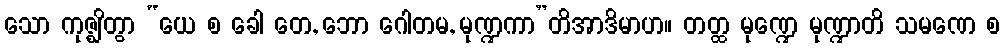
သော ကုဇ္ဈိတွာ “ယေ စ ခေါ တေ, ဘော ဂေါတမ, မုဏ္ဍကာ”တိအာဒိမာဟ။ တတ္ထ မုဏ္ဍေ မုဏ္ဍာတိ သမဏေ စ